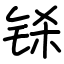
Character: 铩